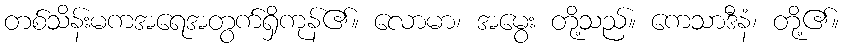
တစ်သိန်းမကအရေအတွက်ရှိကုန်၏။ လောမာ၊ အမွေး တို့သည်။ ကေသာဒီနံ၊ တို့၏။